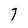
Character: 7